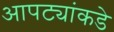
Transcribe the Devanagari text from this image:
आपट्यांकडे